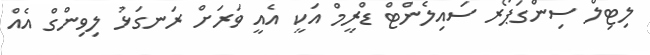
ލިޓިލް ސިންގަޕޯރ ސައިލެންޓް ޑްރީމް އަކީ އެއީ ވަރަށް ރަނގަޅު ލިވިންގް އެއް